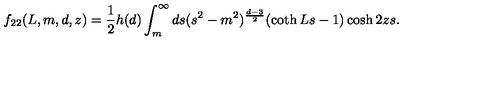
f _ { 2 2 } ( L , m , d , z ) = \frac { 1 } { 2 } h ( d ) \int _ { m } ^ { \infty } d s ( s ^ { 2 } - m ^ { 2 } ) ^ { \frac { d - 3 } { 2 } } ( \coth L s - 1 ) \cosh 2 z s .